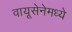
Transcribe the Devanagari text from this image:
वायूसेनेमध्ये